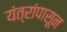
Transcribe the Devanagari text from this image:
यंत्रांपासून